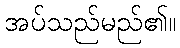
အပ်သည်မည်၏။